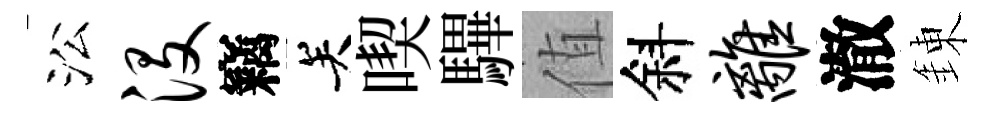
㳂没竊关喫驆值斜离澈錬